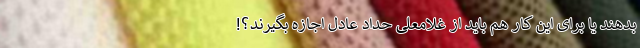
بدهند یا برای این کار هم باید از غلامعلی حداد عادل اجازه بگیرند؟!